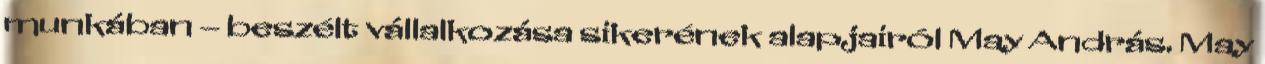
munkában – beszélt vállalkozása sikerének alapjairól May András. May